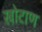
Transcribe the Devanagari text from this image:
खोटाण